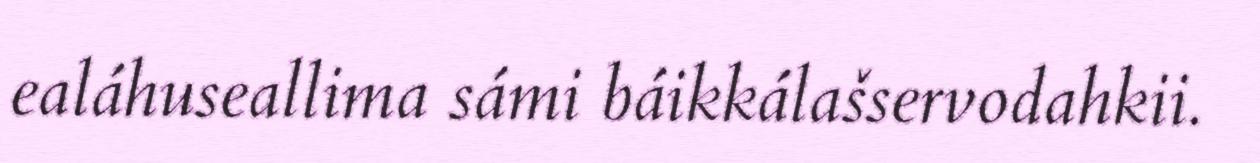
ealáhuseallima sámi báikkálašservodahkii.